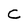
Character: C